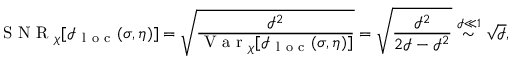
\mathrm { ~ S ~ N ~ R ~ } _ { \chi } [ \mathcal { I } _ { \mathrm { ~ l ~ o ~ c ~ } } ( \sigma , \eta ) ] = \sqrt { \frac { \mathcal { I } ^ { 2 } } { \mathrm { ~ V ~ a ~ r ~ } _ { \chi } [ \mathcal { I } _ { \mathrm { ~ l ~ o ~ c ~ } } ( \sigma , \eta ) ] } } = \sqrt { \frac { \mathcal { I } ^ { 2 } } { 2 \mathcal { I } - \mathcal { I } ^ { 2 } } } \stackrel { \mathcal { I } \ll 1 } { \sim } \sqrt { \mathcal { I } } ,